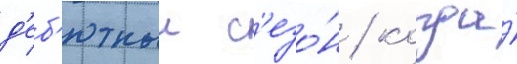
д'еб'ютныи с'езо́н / когда́